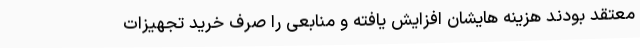
معتقد بودند هزینه هایشان افزایش یافته و منابعی را صرف خرید تجهیزات